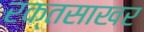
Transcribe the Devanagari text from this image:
रक्तसाखर